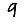
Digit: 9